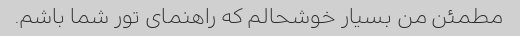
مطمئن من بسیار خوشحالم که راهنمای تور شما باشم.